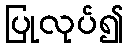
ပြုလုပ်၍